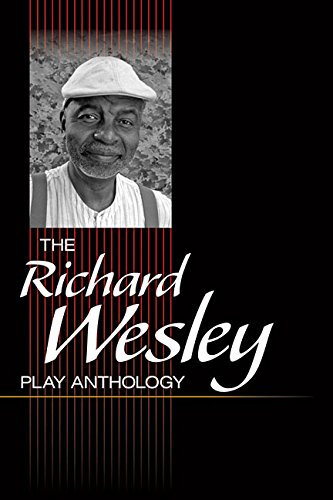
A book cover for The Richard Wesley Play Anthology; Richard Wesley; Literature & Fiction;